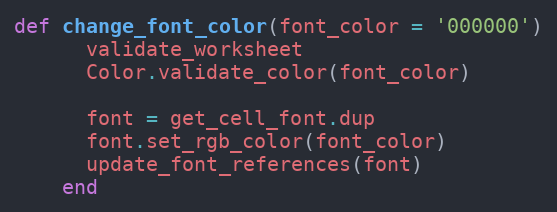
Language: Ruby
def change_font_color(font_color = '000000')
      validate_worksheet
      Color.validate_color(font_color)

      font = get_cell_font.dup
      font.set_rgb_color(font_color)
      update_font_references(font)
    end